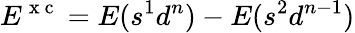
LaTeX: E^{\mathrm{~x~c~}}=E(s^{1}d^{n})-E(s^{2}d^{n-1})